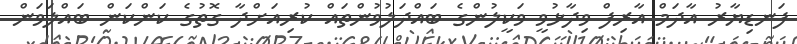
ފަނޑިޔާރު އާދަމް އާރިފް ވިދާޅުވީ ވަކީލުންގެ ބައްދަލުވުންތައް ކުރިއަށްދާ ގޮތުގެ ކަންކަން ބައްލަވަން